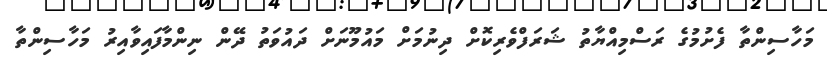
މަހާސިންތާ ފެށުމުގެ ރަސްމިއްޔާތު ޝަރަފްވެރިކޮށް ދިނުމަށް މައުމޫނަށް ދައުވަތު ދޭން ނިންމާފައިވާއިރު މަހާސިންތާ